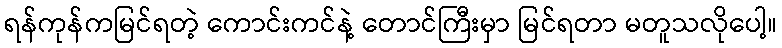
ရန်ကုန်ကမြင်ရတဲ့ ကောင်းကင်နဲ့ တောင်ကြီးမှာ မြင်ရတာ မတူသလိုပေါ့။